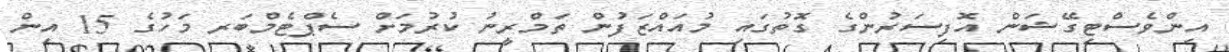
އިންވެސްޓިގޭޝަން އޮފިސަރުންގެ ގޮތުގައި މުއައްޒަފުން ތަމްރީނު ކުރުމަށް ސެޕްޓެމްބަރ މަހުގެ 15 އިން